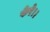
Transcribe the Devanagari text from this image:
फेरे।।